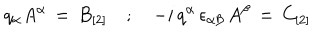
LaTeX: q _ { \alpha } A ^ { \alpha } \, = \, B _ { [ 2 ] } \quad ; \quad - i \, q ^ { \alpha } \, \epsilon _ { \alpha \beta } \, A ^ { \beta } \, = \, C _ { [ 2 ] }